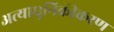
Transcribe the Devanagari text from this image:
अत्याधुनिकीकरण